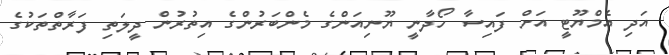
އަދި އެމްޔޫޓީ އަށް ފައިސާ ހޯދާނީ ޔޫނިއަންގެ މެންބަރުންގެ އިތުރުން ދީލަތި ފަރާތްތަކުގެ